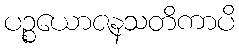
ပဉ္စယောဇနသတိကာပိ